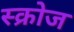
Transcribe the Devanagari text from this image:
स्क्रोज